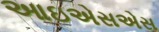
આઇએસએસ